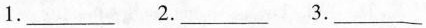
1.___ 2.___ 3.___